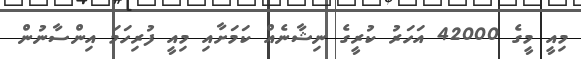
މިއީ މީގެ 42000 އަހަރު ކުރީގެ ނިޝާނެއް ކަމަށާއި މިއީ ފުރިހަމަ އިންސާނުން